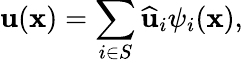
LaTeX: \mathbf{u}(\mathbf{x})=\sum_{i\in S}\widehat{\mathbf{u}}_{i}\psi_{i}(\mathbf{x}),